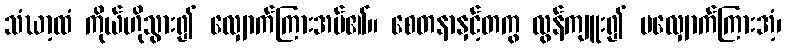
သံဃာ့ထံ ကိုယ်ဟိုသွား၍ လျှောက်ကြားအပ်၏။ စေတနာနှင့်တကွ လွန်ကျူး၍ မလျှောက်ကြားအံ့၊